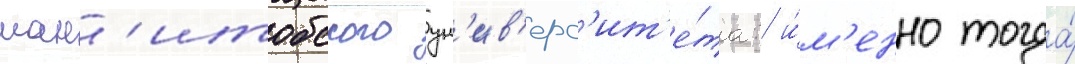
ман'итобского ун'ив'ерс'ит'е́та: и́м'енно тогда́